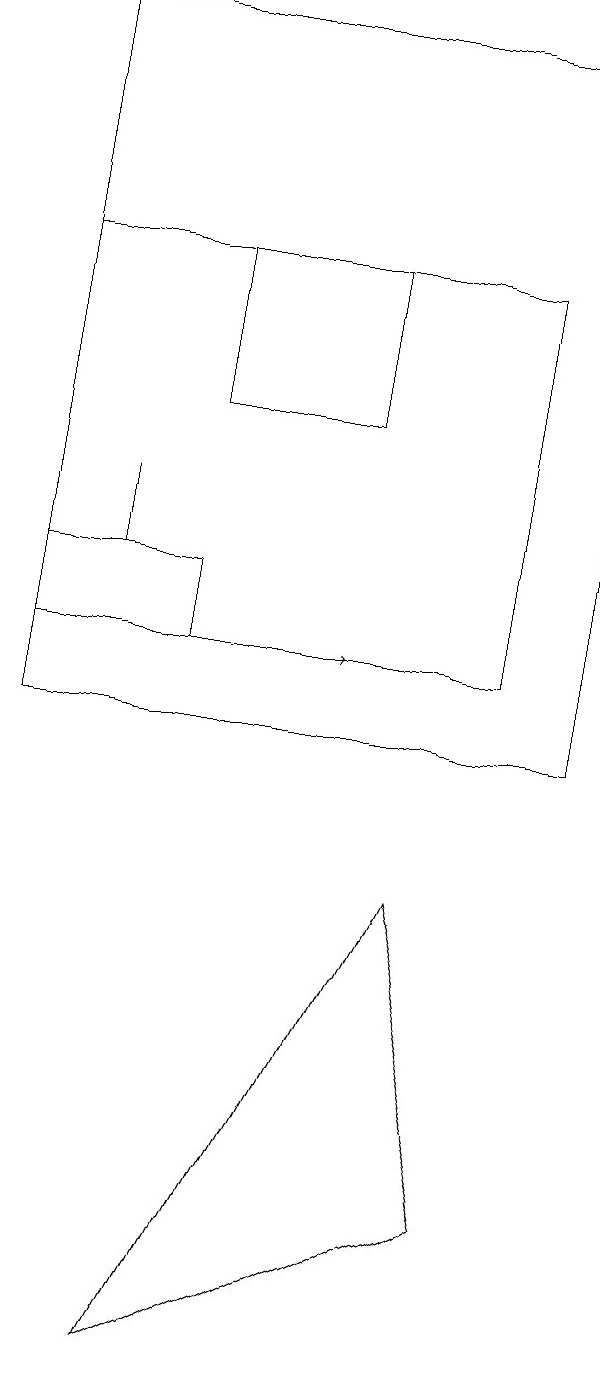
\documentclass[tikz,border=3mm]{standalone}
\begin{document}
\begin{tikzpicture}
\draw (3,11) rectangle (1,12);
\draw[->] (4,11) -- (5,11);
\draw (2,12) rectangle (2,13);
\draw (7,16) rectangle (1,11);
\draw (6,8) -- (7,4) -- (3,2) -- cycle;
\draw (1,10) rectangle (8,19);
\draw (3,14) rectangle (5,16);
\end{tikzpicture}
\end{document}